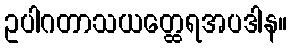
ဥပါဂတာသယတ္ထေရအပဒါန။